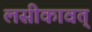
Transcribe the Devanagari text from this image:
लसीकावत्